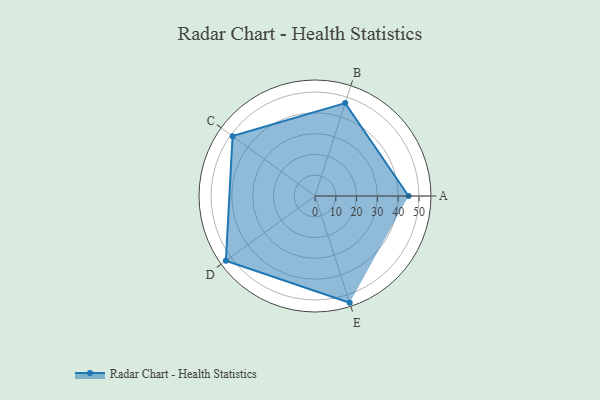
{"axis": {"x": "Skill", "y": "Score"}, "legend": ["Profile"], "data": [{"x": "A", "y": 45.0, "type": "Profile"}, {"x": "B", "y": 47.0, "type": "Profile"}, {"x": "C", "y": 49.0, "type": "Profile"}, {"x": "D", "y": 53.0, "type": "Profile"}, {"x": "E", "y": 54.0, "type": "Profile"}]}